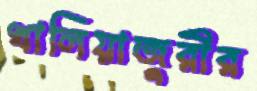
খালিয়াজুরীর